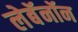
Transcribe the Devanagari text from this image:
लेबॅनॉन